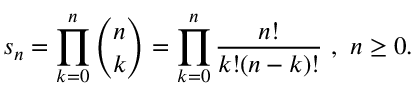
s _ { n } = \prod _ { k = 0 } ^ { n } { \binom { n } { k } } = \prod _ { k = 0 } ^ { n } { \frac { n ! } { k ! ( n - k ) ! } } ~ , ~ n \geq 0 .